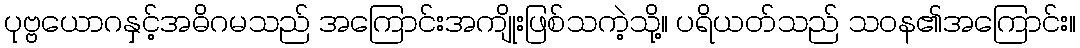
ပုဗ္ဗယောဂနှင့်အဓိဂမသည် အကြောင်းအကျိုးဖြစ်သကဲ့သို့။ ပရိယတ်သည် သဝန၏အကြောင်း။